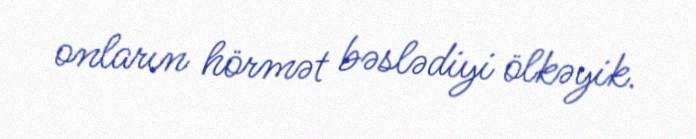
onların hörmət bəslədiyi ölkəyik.